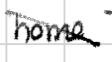
Text: home
Cross-out: diagonal
Writing tool: digital_black